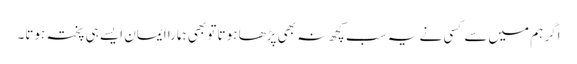
اگر ہم میں‌سے کسی نے یہ سب کچھ نہ بھی پڑھا ہوتا تو بھی ہمارا ایمان ایسے ہی پختہ ہوتا۔